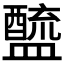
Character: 𨣓